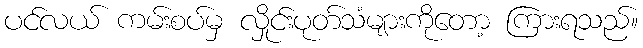
ပင်လယ် ကမ်းစပ်မှ လှိုင်းပုတ်သံများကိုတော့ ကြားရသည်။